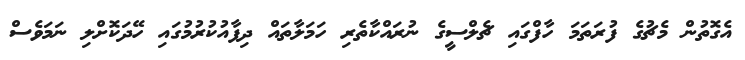
އެގޮތުން މެޗުގެ ފުރަތަމަ ހާފްގައި ޗެލްސީގެ ނުރައްކާތެރި ހަމަލާތައް ދިފާއުކުރުމުގައި ހޭދަކޮށްލި ނަމަވެސް